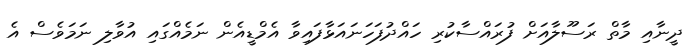
ދީނާއި މާތް ރަސޫލާއަށް ފުރައްސާކުރި ހައްދުފަހަނައަޅާފައިވާ އެމްޑީއެން ނަމެއްގައި އުވާލި ނަމަވެސް އެ